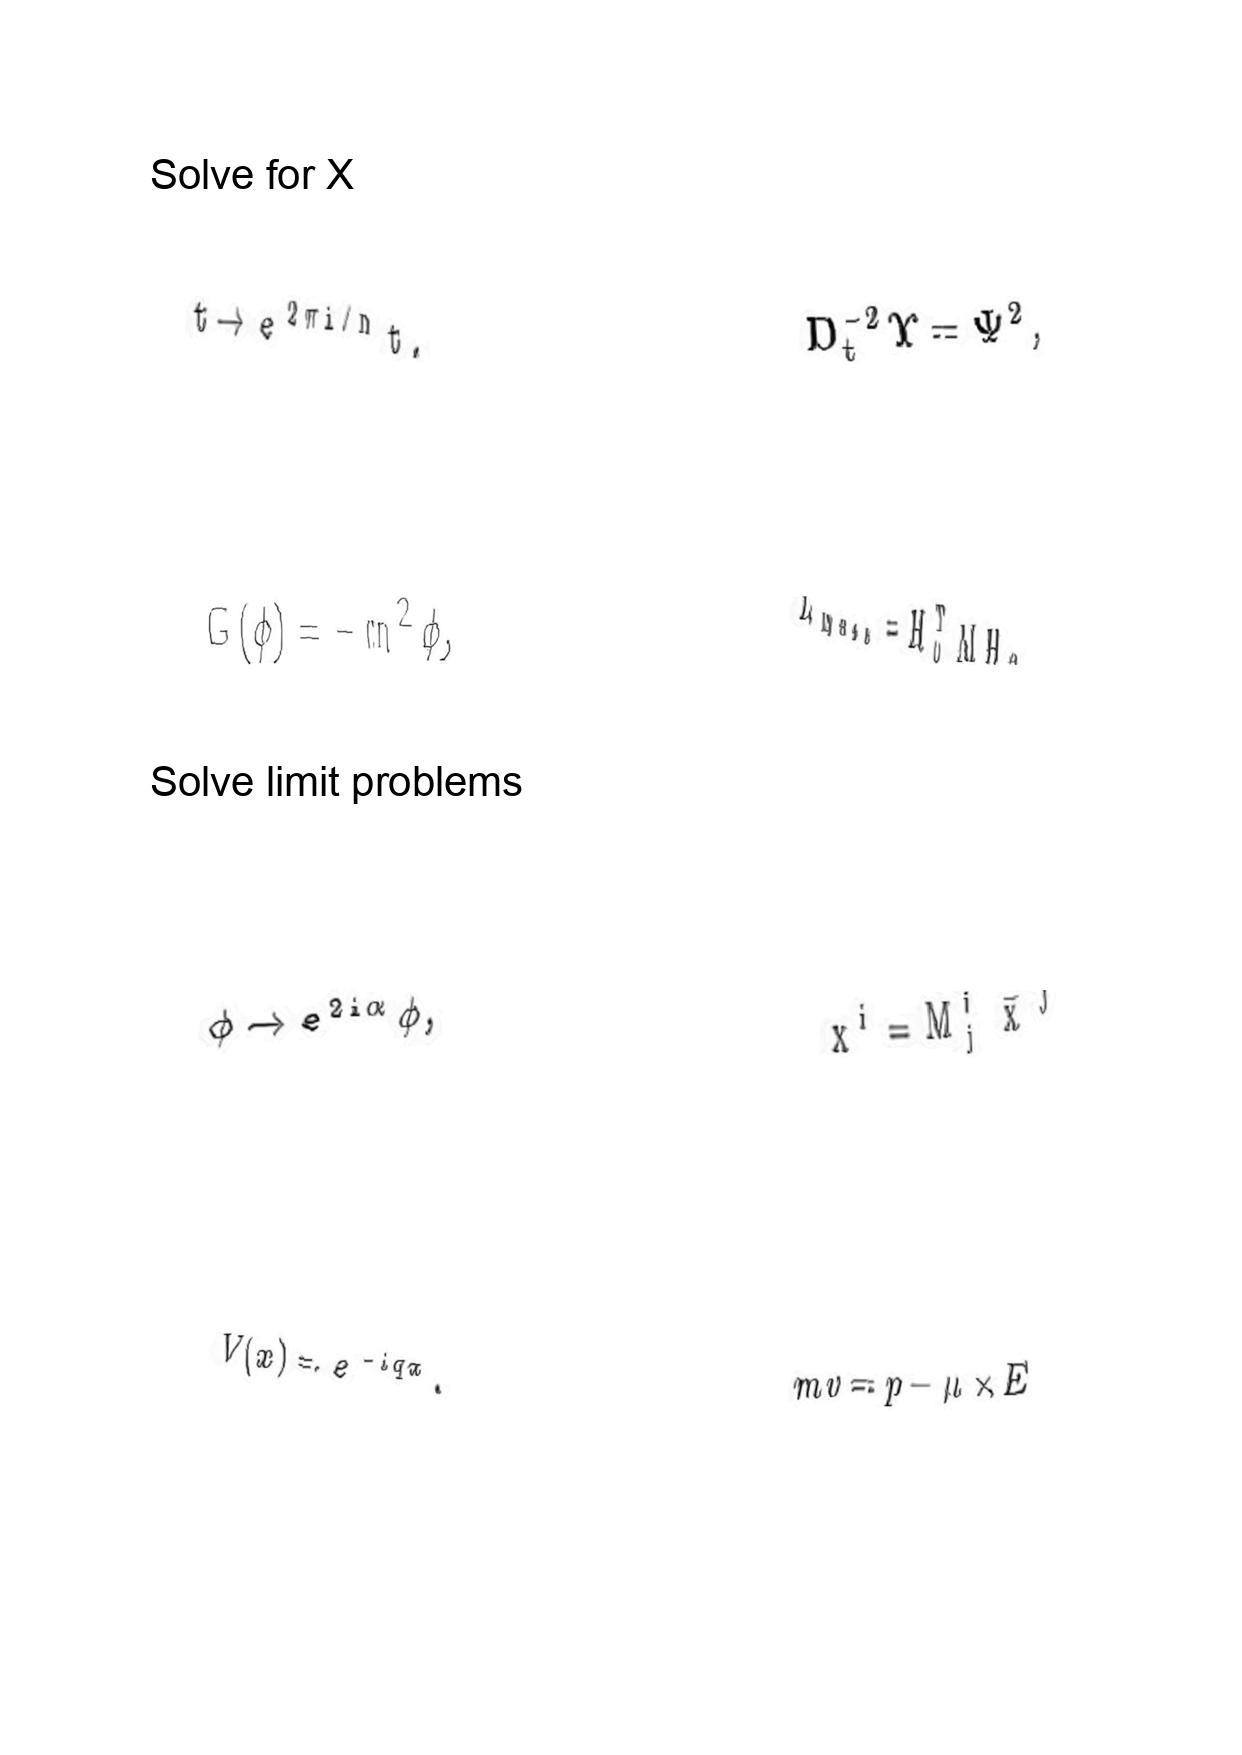
LaTeX transcription:
t \rightarrow e ^ { 2 \pi i / n } t .
G \lparen \phi \rparen = - m ^ { 2 } \phi ,
\phi \rightarrow e ^ { 2 i \alpha } \phi ,
V \lparen x \rparen = e ^ { - i q x } .
D _ { t } ^ { - 2 } \Upsilon = \Psi ^ { 2 } ,
L _ { m a s s } = H _ { 0 } ^ { T } M H _ { 0 } ,
x ^ { i } = M ^ { i } _ { j } \bar { x } ^ { j }
m v = p - \mu \times E